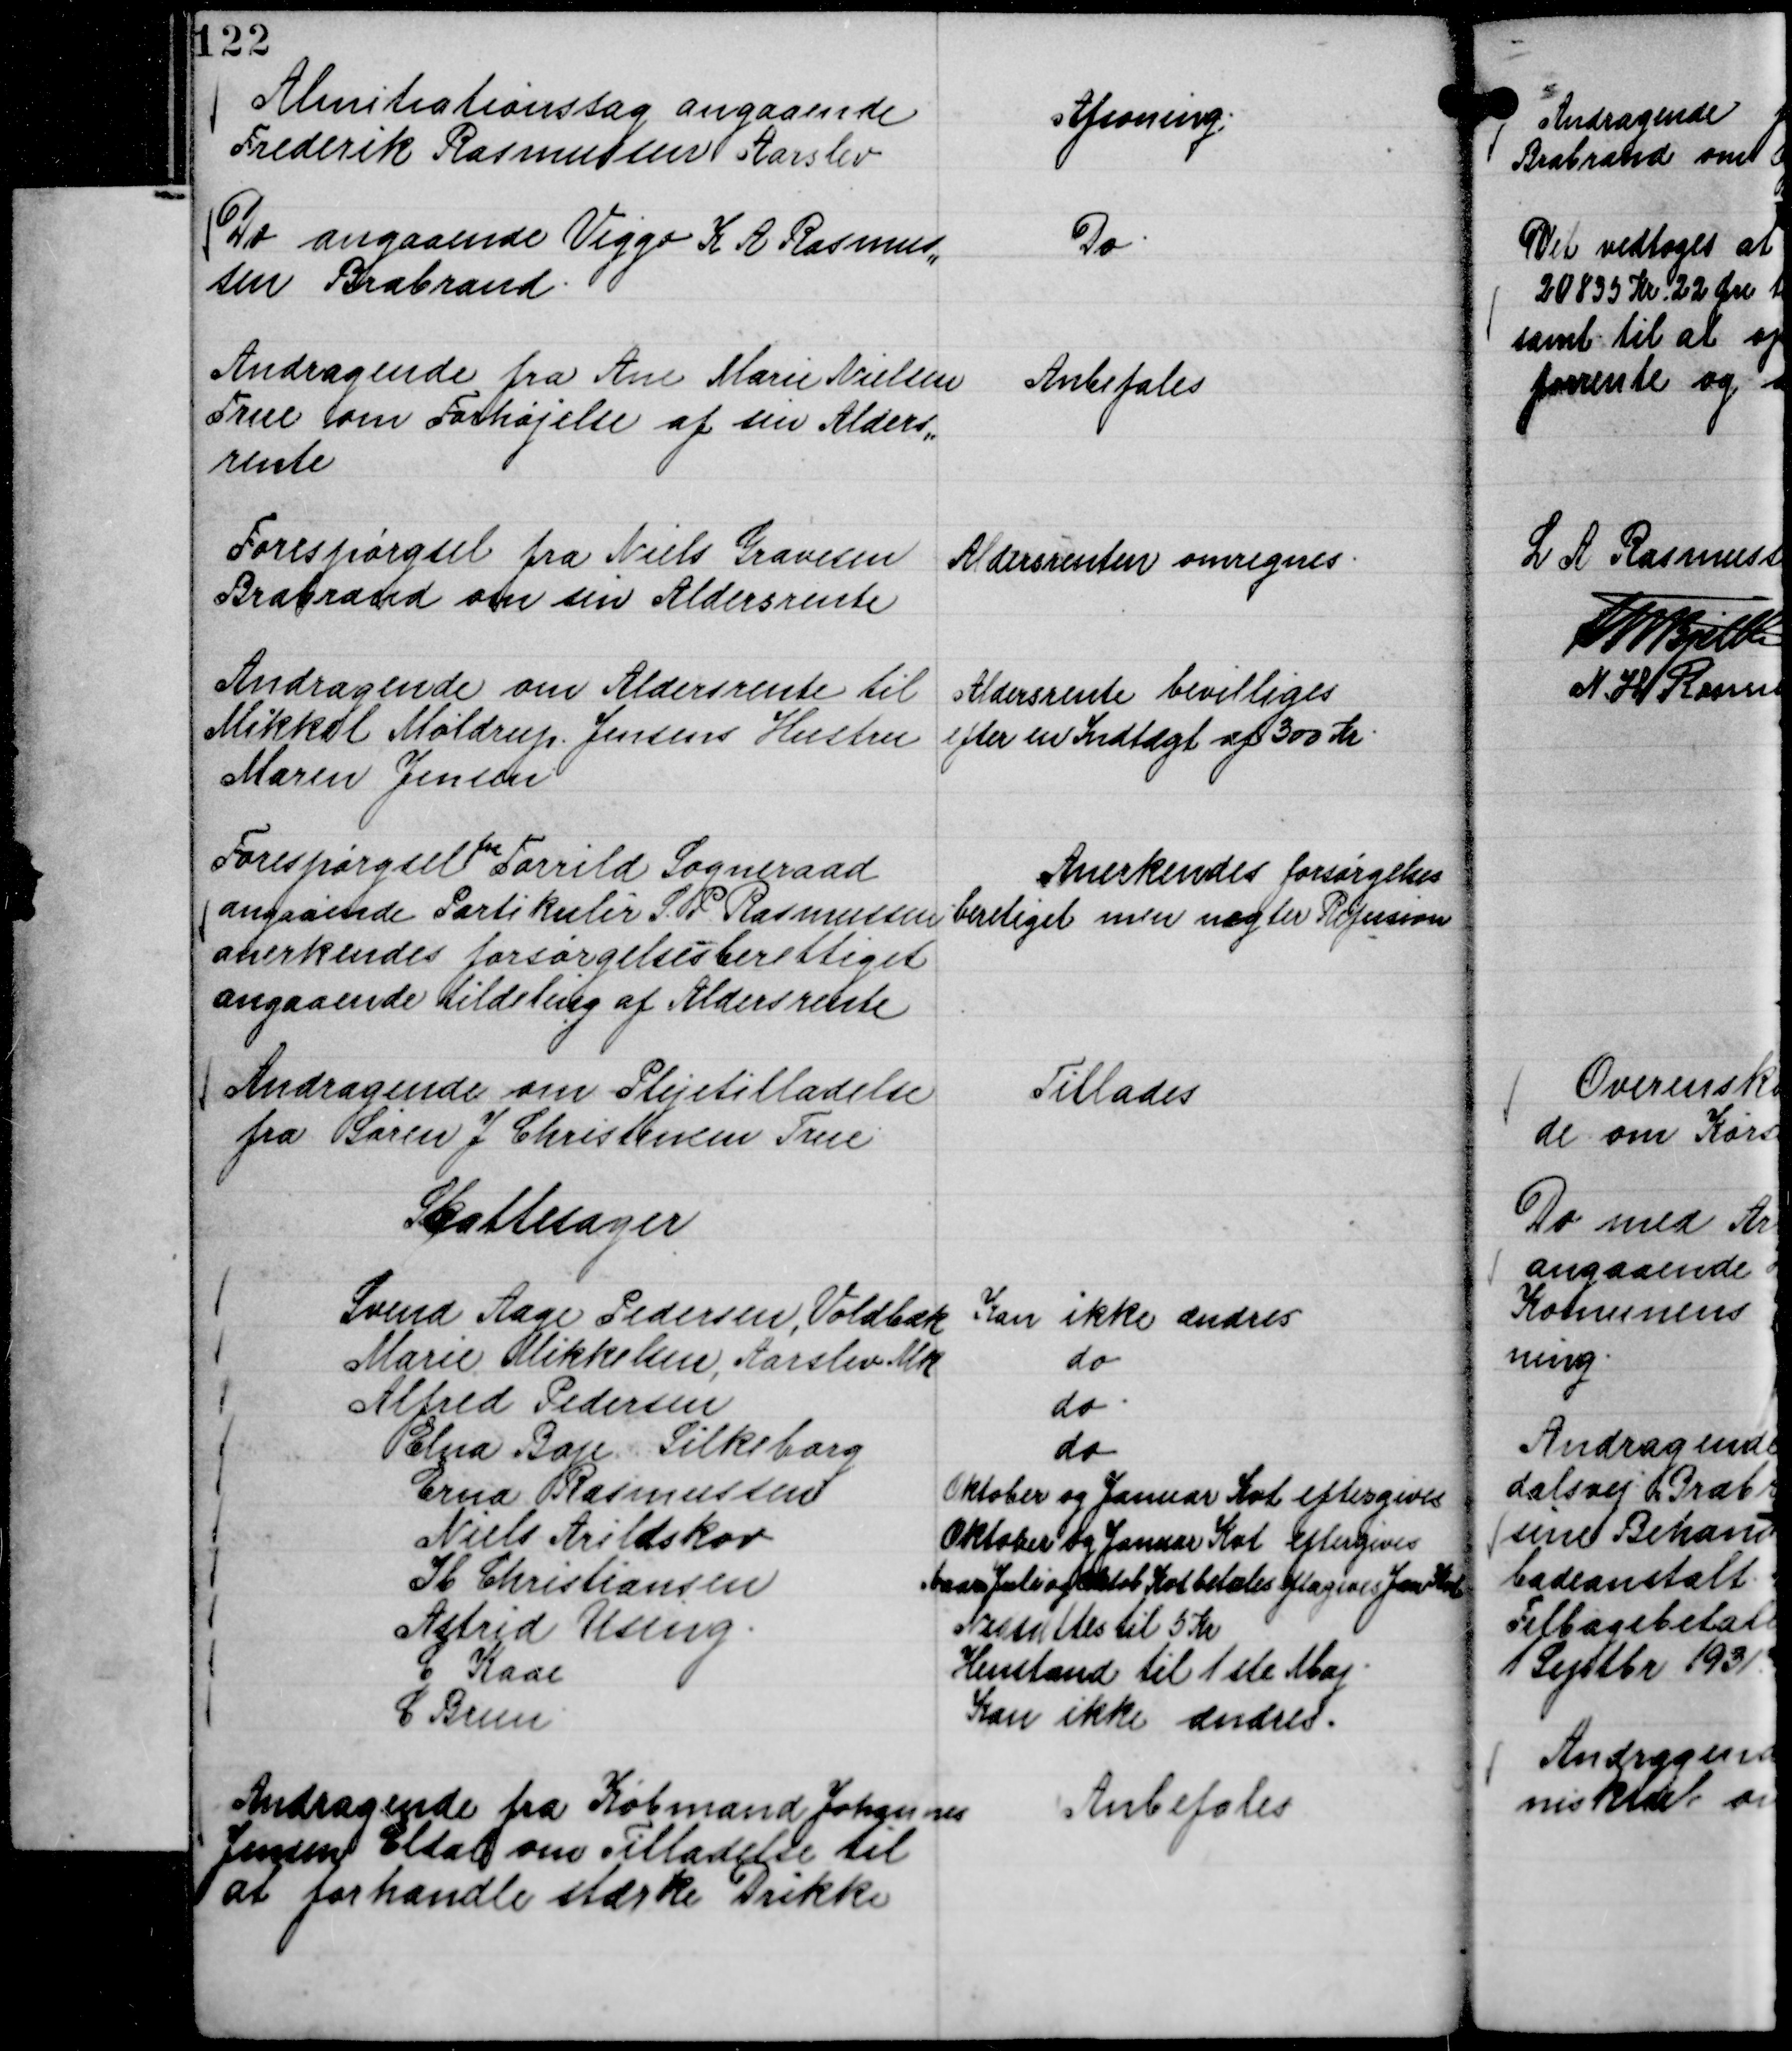
Transskription:
Almitiationssag angaaende
Frederik Rasmussen Aarslev

Afsoning.

Do angaaende Viggo K A Rasmus,,
sen Brabrand.

Do.

Andragende fra Ane Marie Nielsen
True om Forhøjelse af sin Alders,,
rente

Anbefales

Forespørgsel fra Niels Gravesen
Brabrand om sin Aldersrente

Aldersrenten omregnes.

Andragende om Aldersrente til
Mikkel Møldrup Jensens Hustru
Maren Jensen

Aldersrente bevilliges
efter en Indtægt af 300 Kr.

Forespørgsel
fra
Torrild Sogneraad
angaaende Partikuler S. P. Rasmussen
anerkendes forsørgelsesberettiget
angaaende tildeling af Aldersrente

Anerkendes forsørgelses
beretiget men nægter Refusion

Andragende om Plejetilladelse
fra Søren J Christensen True

Tillades

Skattesager
Svend Aage Pedersen, Voldbæk
Kan ikke ændres
Marie Mikkelsen, Aarslev Mk
do
Alfred Pedersen
do.
Elna Bay Silkeborg
do
Erna Rasmussen
Oktober og Januar Kvt eftergives
Niels Arildskov
Oktober og Januar Kvt eftergives
Ib Christiansen
April Juli og Oktb Kvt betales eftergives Jan Kvt
Astrid Using.
Nedsættes til 5 Kr
C Kaae
Henstand til 1 ste Maj.
C Brun
Kan ikke ændres.

Andragende fra Købmand Johannes
Jensen Eldal om Tilladelse til
at forhandle stærke Drikke

Anbefales